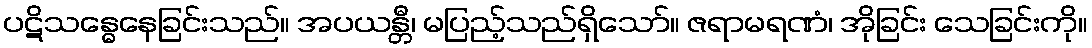
ပဋိသန္ဓေနေခြင်းသည်။ အပယန္တီ၊ မပြည့်သည်ရှိသော်။ ဇရာမရဏံ၊ အိုခြင်း သေခြင်းကို။